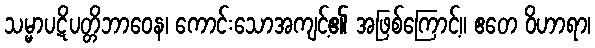
သမ္မာပဋိပတ္တိဘာဝေန၊ ကောင်းသောအကျင့်၏ အဖြစ်ကြောင့်။ ဧတေ ဝိဟာရာ၊